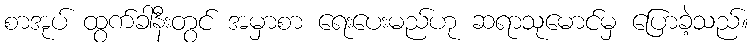
စာအုပ် ထွက်ခါနီးတွင် အမှာစာ ရေးပေးမည်ဟု ဆရာသုမောင်မှ ပြောခဲ့သည်။